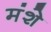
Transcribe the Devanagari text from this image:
मंशे